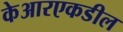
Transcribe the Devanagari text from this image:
केआरएकडील